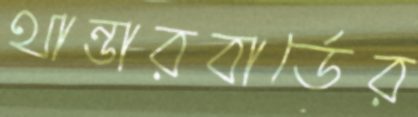
থান্ডারবার্ডের